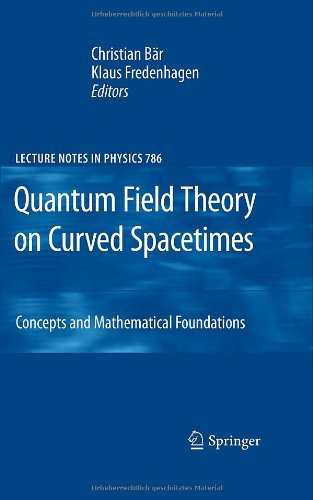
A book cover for Quantum Field Theory on Curved Spacetimes: Concepts and Mathematical Foundations (Lecture Notes in Physics); Science & Math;